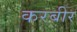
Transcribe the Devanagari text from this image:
करबीर